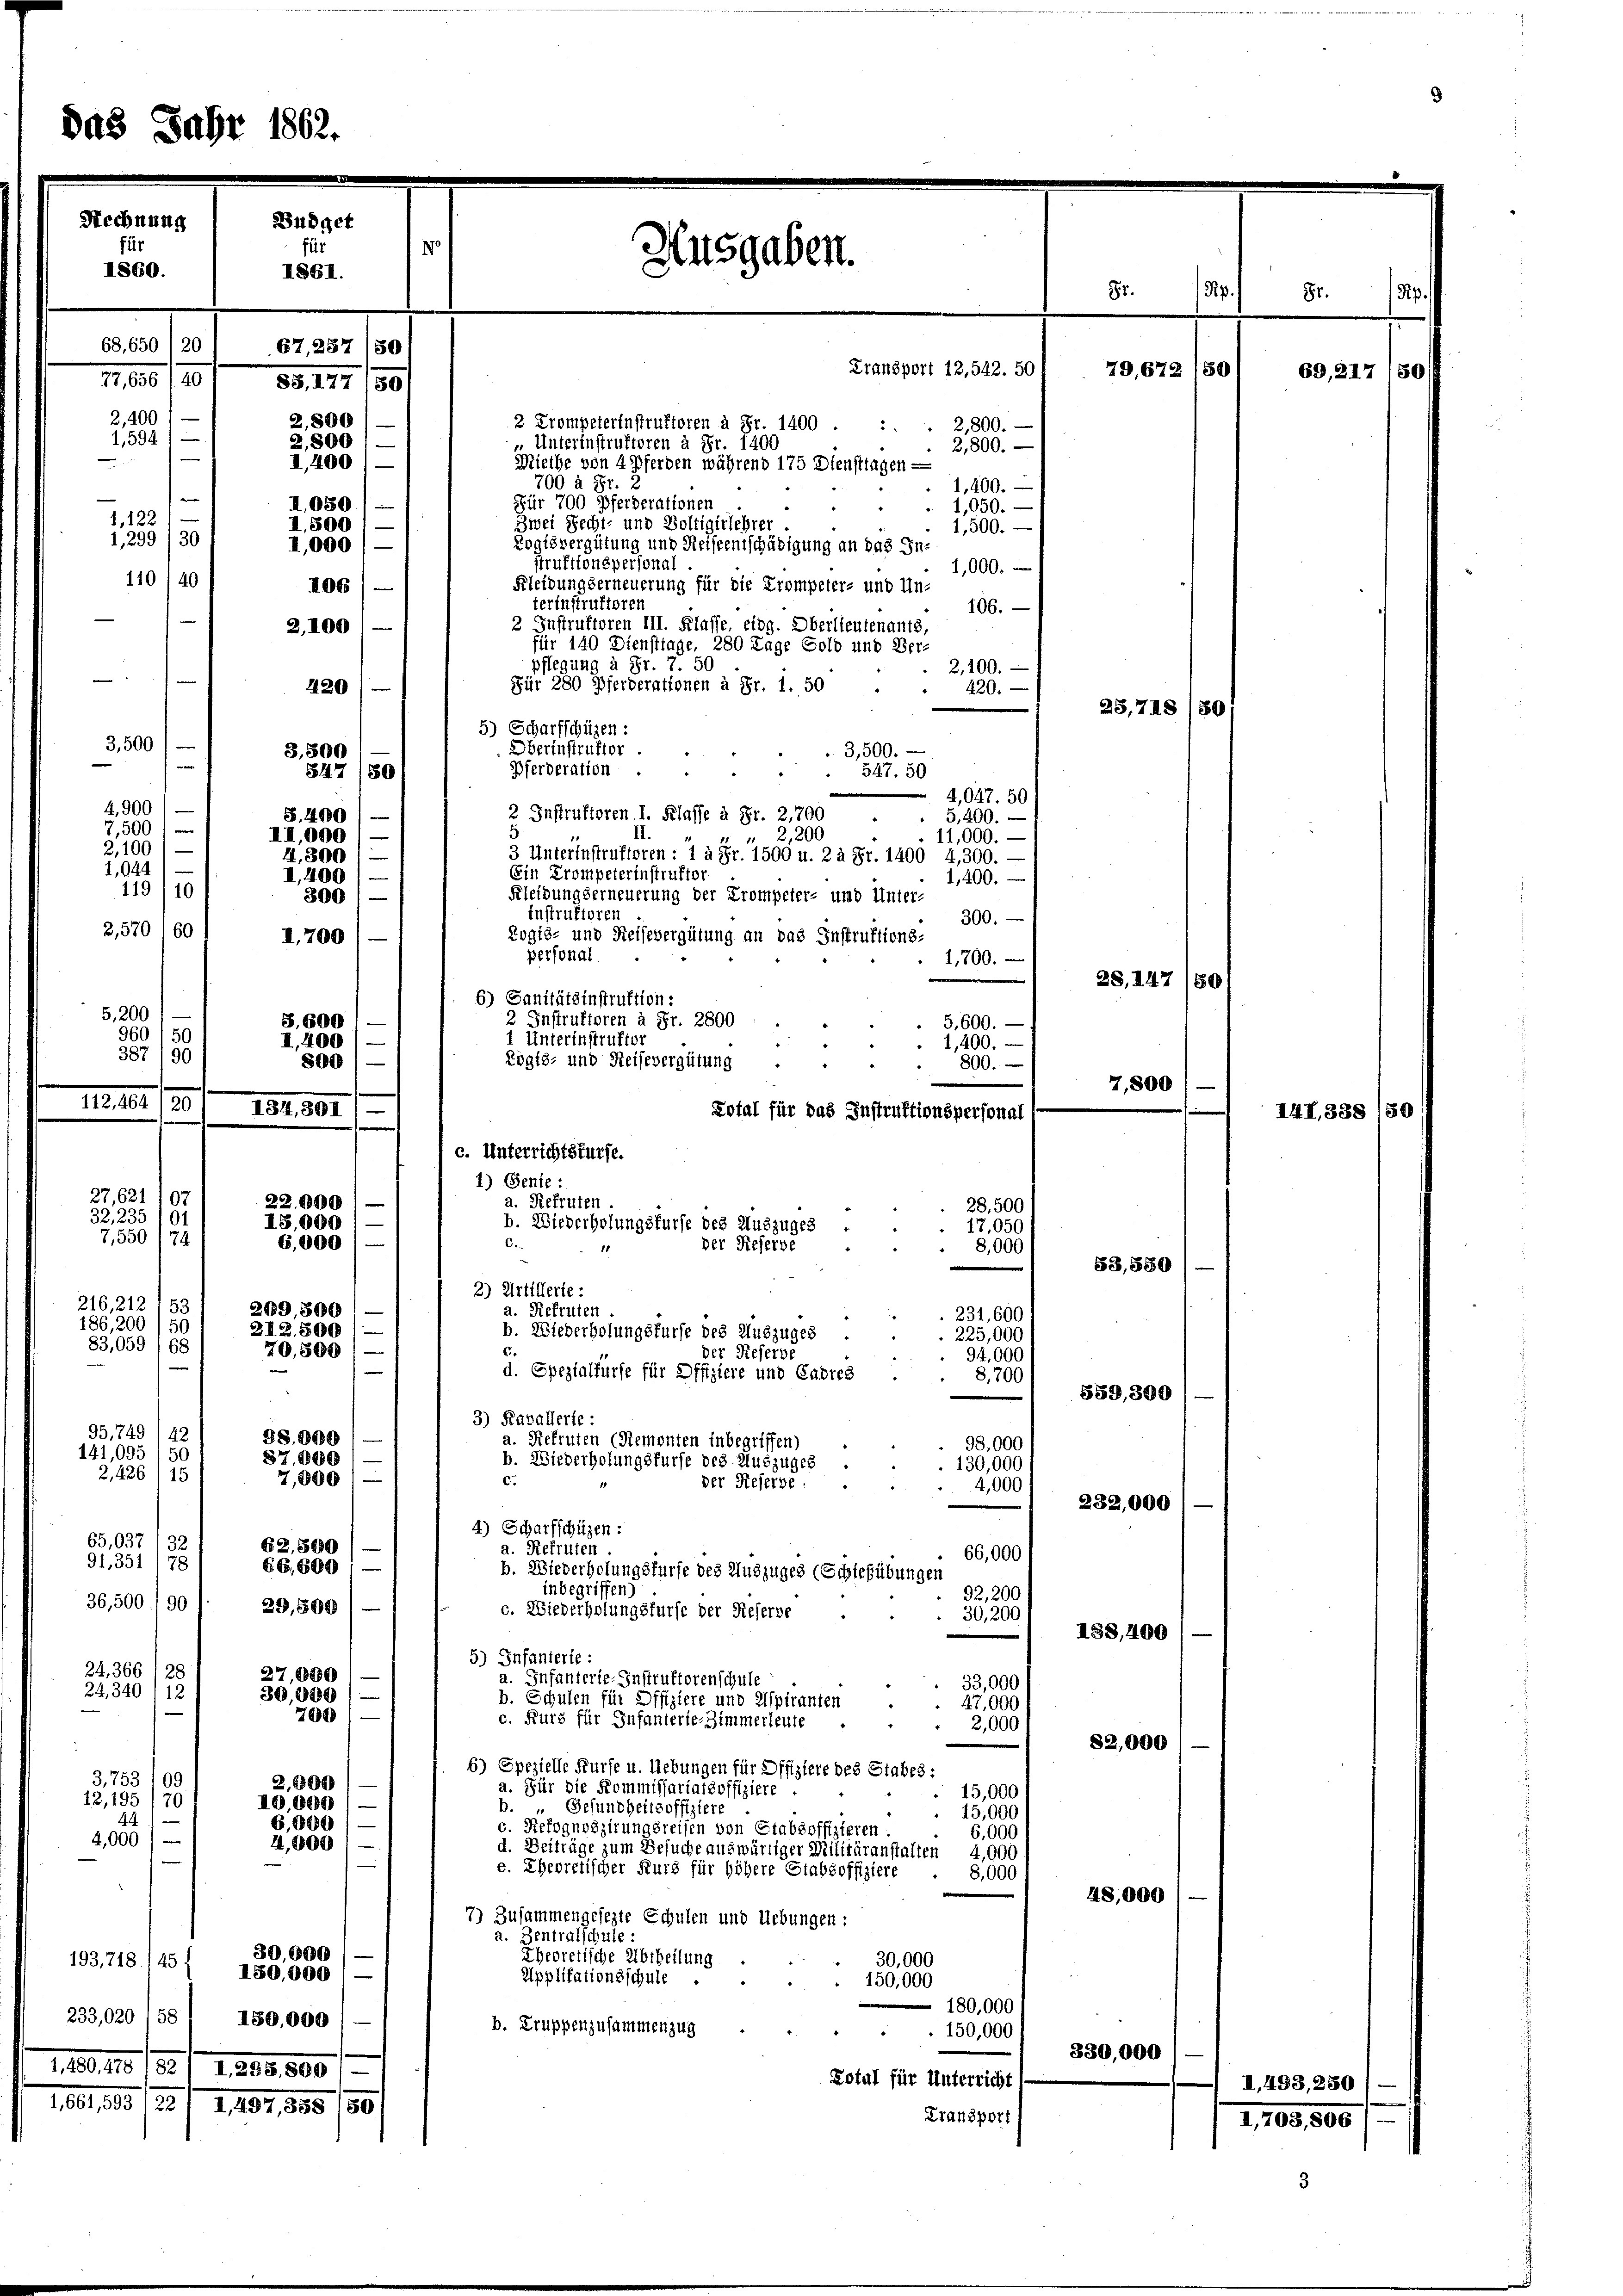
00

I.
56
50

1661, 393 (211 1497, 355 180

2
79

,630
,00
,800
20

193, 718 1451 30,000
150,000 —
233,020 /58’ 180,000
1,480,478 (82 / I,238, 800

Ausgaben.

c. Unterrichtsfurfe.
1) Sente
a. Refruten

Transport 12,542. 50
2 Trompeterinstruktoren à Fr. 1400
2,800.
5
 Unterinstruktoren à Fr. 1400
2,800.
Miethe von 4 Pferden während 175 Dienstlagen
700 à Fr. 2
1,400.
Für 700 Pferderationen
 1,050.
Zwei Recht- und Boltigirlehrer
1,500.
Zogisvergütung und Reiseentschädigung an das Instruktionspersonal
1,000.
Kleidungserneuerung für die Trompeter- und Un-
terinstruktoren
106.
2 Instruktoren III. Klasse, eidg. Oberlieutenants
für 140 Diensttage, 280 Tage Gold und Ver-
pflegung à Fr. 7. 50
2,100.
Für 280 Pferberationen à Fr. 1. 50
420.
5) Scharfschüzen:
Oberinstrukter.
3,500.
Pferderation
547. 50
4,047. 50
2 Instruktoren I. Klasse à Fr. 2,700
5,400.
II.
2,200
11,000.-
3 Unterinstruktoren : 1 à Fr. 1500 u. 2 à Fr. 1400 4,300.
Ein Trompeterinstruktor.
1,400.
Kleidungserneuerung der Trompeter- und Unter-
Instruktoren
300.
Rogts- und Reisevergütung an das Instruktions-
personal
1,700.
6) Sanitätsinstruktion:
2 Instruktoren à Fr. 2800
5. 600.
1 Unterinstruktor
1,400.
Zögis- und Reisevergütung .
800.
Total für das Instruktionspersonal
28,500
b. Wiederholungsfürse des Auszuges
17,050
6.
der Reserbe
8,000
11
53,850
3) Artillerie:
a. Refrufen
 231,600
b. Wiederholungsfürse des Auszuges
235,000
.
der Referbe
94,000
d. Spezialfürfe für Offiziere und Cadres
8,700
359,800
3) Kavallerte:
a. Refruten (Remonten Inbegriffen)
98,000
b. Wiederholungsfürse des Auszuges
130,000
c.
der Reserbe.
4,000
232,000
4) Scharfschüzen:
a. Refruten
66,000
b. Wiederholungsfürfe des Auszuges (Schießübungen
inbegriffen)
92,200
c. Wiederholungsfürst der Referbe
30,200
I38,400
5) Infanterie:
a. Infanterie-Instruktorenschule
33,000
b. Schulen für Offiziere und Aspiranten . . 47,000
c. Kurs für Infanterie-Zimmerleute
2,000
82,000
6) Spezielle Fürfe u. Uebungen für Offiziere des Stabes:
a. Für die Kommissariatsoffiziere
15,000
b. " Gesundheitsoffiziere
15,000
c. Refognoszirungsreisen von Stabsoffizieren
6,000
d. Beiträge zum Besuche auswärtiger Militäranstalten 4,000
e. Eheoretischer Kurs für höhere Stabsoffiziere
8,000
48,000
7) Zusammengesezte Schulen und Uebungen:
a. Zentralschule:
Eheoretische Abtheilung
30,000
Applikationsschule
150,000
180,000
b. Truppenzusammenzug
150,000
330,000
Zotal für Unterricht
Transport

III 338, 84

28, 147

87.
13.
79,672 180

28,718)

7,800

I,703,806

8t.
69, 21.

Fr